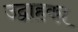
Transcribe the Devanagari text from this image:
उद्वाहका